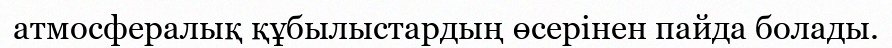
атмосфералық құбылыстардың өсерінен пайда болады.